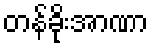
တန်ခိုးအာဏာ